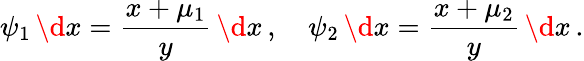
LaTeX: \psi_{1}\, \d x={\frac{x+\mu_{1}}{y}}\, \d x\, ,\quad\psi_{2}\, \d x={\frac{x+\mu_{2}}{y}}\, \d x\, .